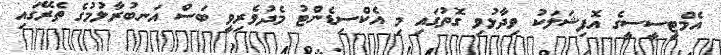
އެމްޓީސީސީގެ އޮފިޝަލަކު ވިދާޅުވި ގޮތުގައި މި އެކްސިޑެންޓު މެދުވެރިވީ ބަސް އަނބުރާލުމުގެ ތެރޭގައި